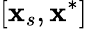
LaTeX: [\mathbf{x}_{s},\mathbf{x}^{*}]